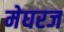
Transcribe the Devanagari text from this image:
मेघरज